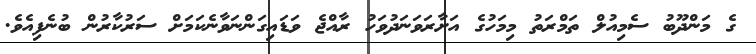
ގެ މަންދޫބު ސެމިއުލް ތަމްރަތު މިމަހުގެ އަށާރަވަނަދުވަހު ރާއްޖެ ވަޑައިގަންނަވާނެކަމަށް ސަރުކާރުން ބުނެފިއެވެ.